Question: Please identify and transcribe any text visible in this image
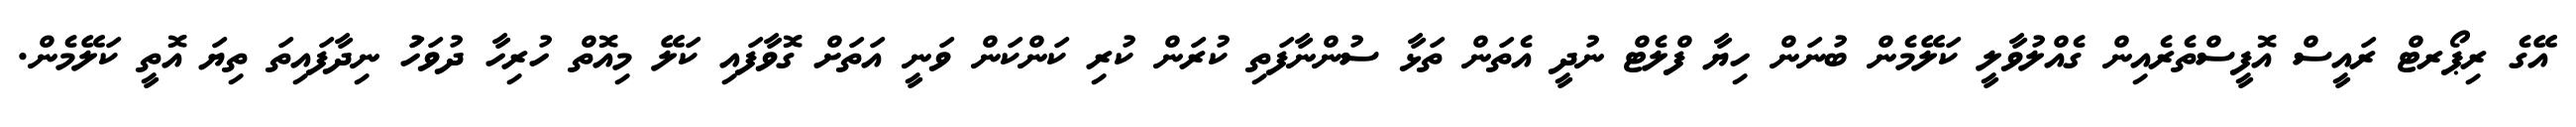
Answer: އޭގެ ރިޕޯރޓް ރައީސް އޮފީސްތެރެއިން ގެއްލުވާލީ ކަލޭމެން ބުނަން ހިޔާ ފްލެޓް ނުދީ އެތަން ތަޅާ ސުންނާފަތި ކުރަން ކުރި ކަންކަން ވަނީ އަތަށް ގޮވާފައި ކަލޭ މިއޮތް ހުރިހާ ދުވަހަު ނިދާފައިތަ ތިޔަ އޮތީ ކަލޭމެން.